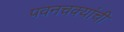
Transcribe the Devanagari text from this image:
पवनचक्यांची